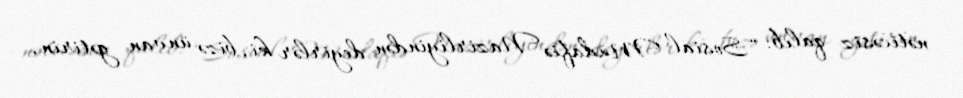
nəticəsiz qalıb: “Sosial Müdafiə Nazirliyindən deyirlər ki, bizə ünvan gətirin,